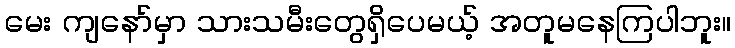
မေး ကျနော်မှာ သားသမီးတွေရှိပေမယ့် အတူမနေကြပါဘူး။